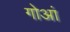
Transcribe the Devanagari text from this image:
गोआं